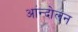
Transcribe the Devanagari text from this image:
आंन्दोलन